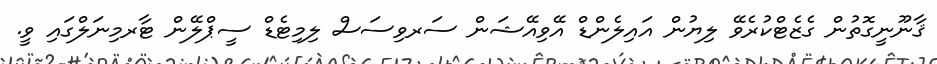
ޤާނޫނީގޮތުން ގެޒެޓްކުރެވޭ ލިޔުން އައިލެންޑް އޭވިއޭޝަން ސަރވިސަސް ލިމިޓެޑް ސީޕްލޭން ޓާރމިނަލްގައި ވީ.